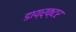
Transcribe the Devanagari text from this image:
डाय्र्क्टर